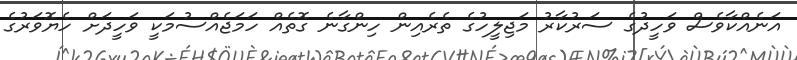
އަނެއްކާވެސް ވަހީދުގެ ސަރުކާރު މަޖިލީހުގެ ތެރެއިން ހިންގާނެ ގޮތެއް ހަމަޖެއްސުމަކީ ވަހީދަށް ހެޔޮވަރުގެ